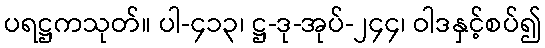
ပရဋ္ဌကသုတ်။ ပါ-၄၁၃၊ ဋ္ဌ-ဒု-အုပ်-၂၄၄၊ ဝါဒနှင့်စပ်၍